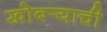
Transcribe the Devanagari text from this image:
खोबर्‍याची